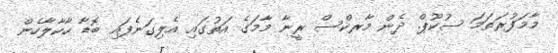
މާމަފުރަތަމަ ސުކޫޕް. ދެން މާރކްސް ރީނާ މާމަގެ އަތުގައި އެލިގަނެފައި ބޮޑާ ހާކާލާހެން